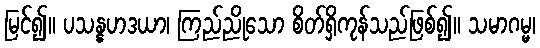
မြင်၍။ ပသန္နဟဒယာ၊ ကြည်ညိုသော စိတ်ရှိကုန်သည်ဖြစ်၍။ သမာဂမ္မ၊